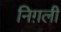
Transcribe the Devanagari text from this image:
निग़ली